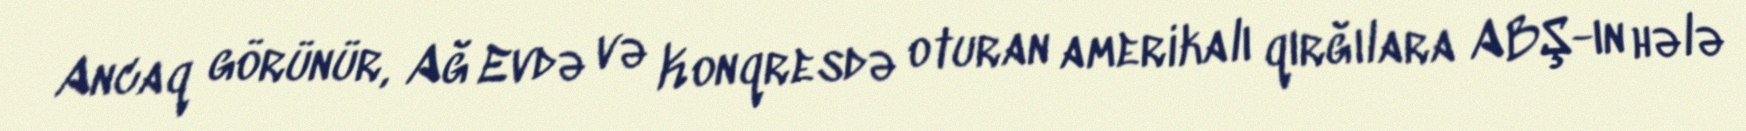
Ancaq görünür, Ağ Evdə və Konqresdə oturan amerikalı qırğılara ABŞ-ın hələ